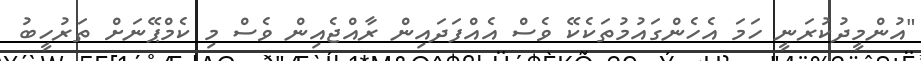
"އުންމީދުކުރަނީ ހަމަ އެހެންގައުމުތަކެކޭ ވެސް އެއްފަދައިން ރާއްޖެއިން ވެސް މި ކެމްޕޭނަށް ތަރުހީބު